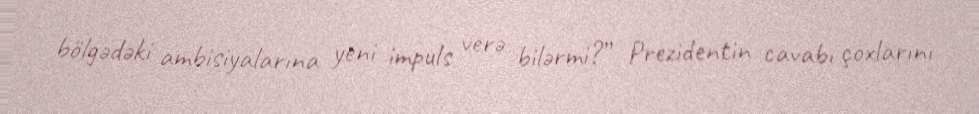
bölgədəki ambisiyalarına yeni impuls verə bilərmi?” Prezidentin cavabı çoxlarını